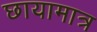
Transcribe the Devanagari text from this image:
छायामात्र